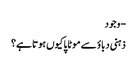
- وجود
ذہنی دباؤ سے موٹاپا کیوں ہوتا ہے؟